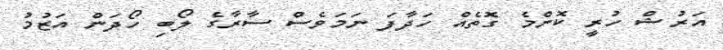
އަރުޝް ހުރީ ކޮންމެ ގޮތެއް ހަދާފަ ނަމަވެސް ސާރާގެ ލޯބި ހޯދަން އަޒުމު